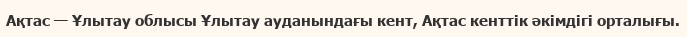
Ақтас — Ұлытау облысы Ұлытау ауданындағы кент, Ақтас кенттік әкімдігі орталығы.